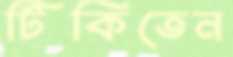
টিকিতেন